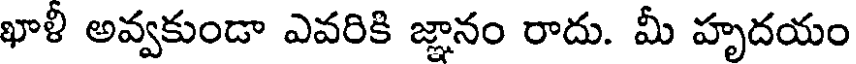
ఖాళీ అవ్వకుండా ఎవరికి జ్ఞానం రాదు. మీ హృదయం